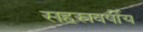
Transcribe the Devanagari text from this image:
सहस्रवर्षीय